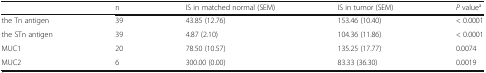
<table><thead><tr><td></td><td><b>n</b></td><td><b>IS in matched normal (SEM)</b></td><td><b>IS in tumor (SEM)</b></td><td><b><i>P</i> value<sup>a</sup></b></td></tr></thead><tbody><tr><td>the Tn antigen</td><td>39</td><td>43.85 (12.76)</td><td>153.46 (10.40)</td><td>&lt; 0.0001</td></tr><tr><td>the STn antigen</td><td>39</td><td>4.87 (2.10)</td><td>104.36 (11.86)</td><td>&lt; 0.0001</td></tr><tr><td>MUC1</td><td>20</td><td>78.50 (10.57)</td><td>135.25 (17.77)</td><td>0.0074</td></tr><tr><td>MUC2</td><td>6</td><td>300.00 (0.00)</td><td>83.33 (36.30)</td><td>0.0019</td></tr></tbody></table>